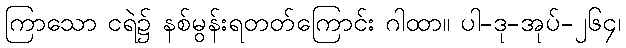
ကြာသော ငရဲ၌ နစ်မွန်းရတတ်ကြောင်း ဂါထာ။ ပါ-ဒု-အုပ်-၂၆၄၊